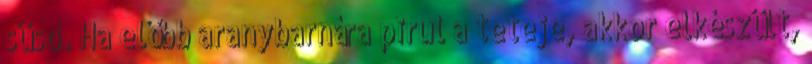
süsd. Ha előbb aranybarnára pirul a teteje, akkor elkészült,